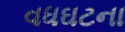
વધઘટના